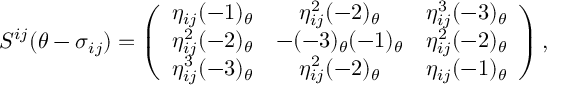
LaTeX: S ^ { i j } ( \theta - \sigma _ { i j } ) = \left( \begin{array} { c c c } { { \eta _ { i j } ( - 1 ) _ { \theta } } } & { { \eta _ { i j } ^ { 2 } ( - 2 ) _ { \theta } } } & { { \eta _ { i j } ^ { 3 } ( - 3 ) _ { \theta } } } \\ { { \eta _ { i j } ^ { 2 } ( - 2 ) _ { \theta } } } & { { - ( - 3 ) _ { \theta } ( - 1 ) _ { \theta } } } & { { \eta _ { i j } ^ { 2 } ( - 2 ) _ { \theta } } } \\ { { \eta _ { i j } ^ { 3 } ( - 3 ) _ { \theta } } } & { { \eta _ { i j } ^ { 2 } ( - 2 ) _ { \theta } } } & { { \eta _ { i j } ( - 1 ) _ { \theta } } } \end{array} \right) ,